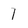
Character: 1